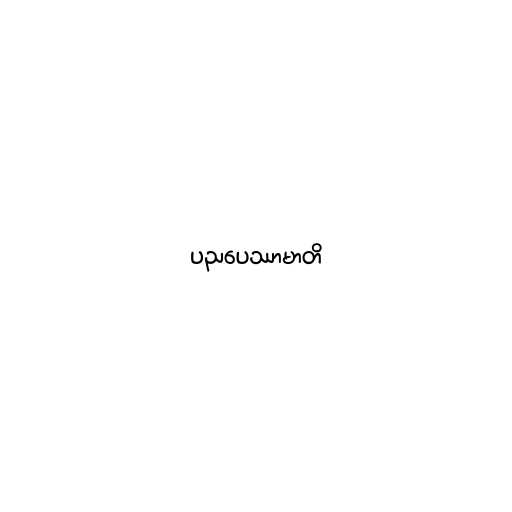
ပညပေဿာမာတိ